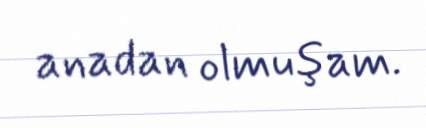
anadan olmuşam.